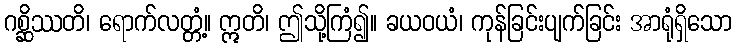
ဂစ္ဆိဿတိ၊ ရောက်လတ္တံ့။ ဣတိ၊ ဤသို့ကြံ၍။ ခယဝယံ၊ ကုန်ခြင်းပျက်ခြင်း အာရုံရှိသော